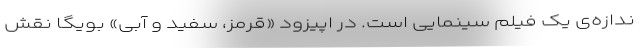
ندازه‌ی یک فیلم سینمایی است. در اپیزود «قرمز، سفید و آبی» بویگا نقش